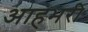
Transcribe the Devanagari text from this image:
आहभरी